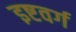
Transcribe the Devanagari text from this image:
इष्टवर्ग